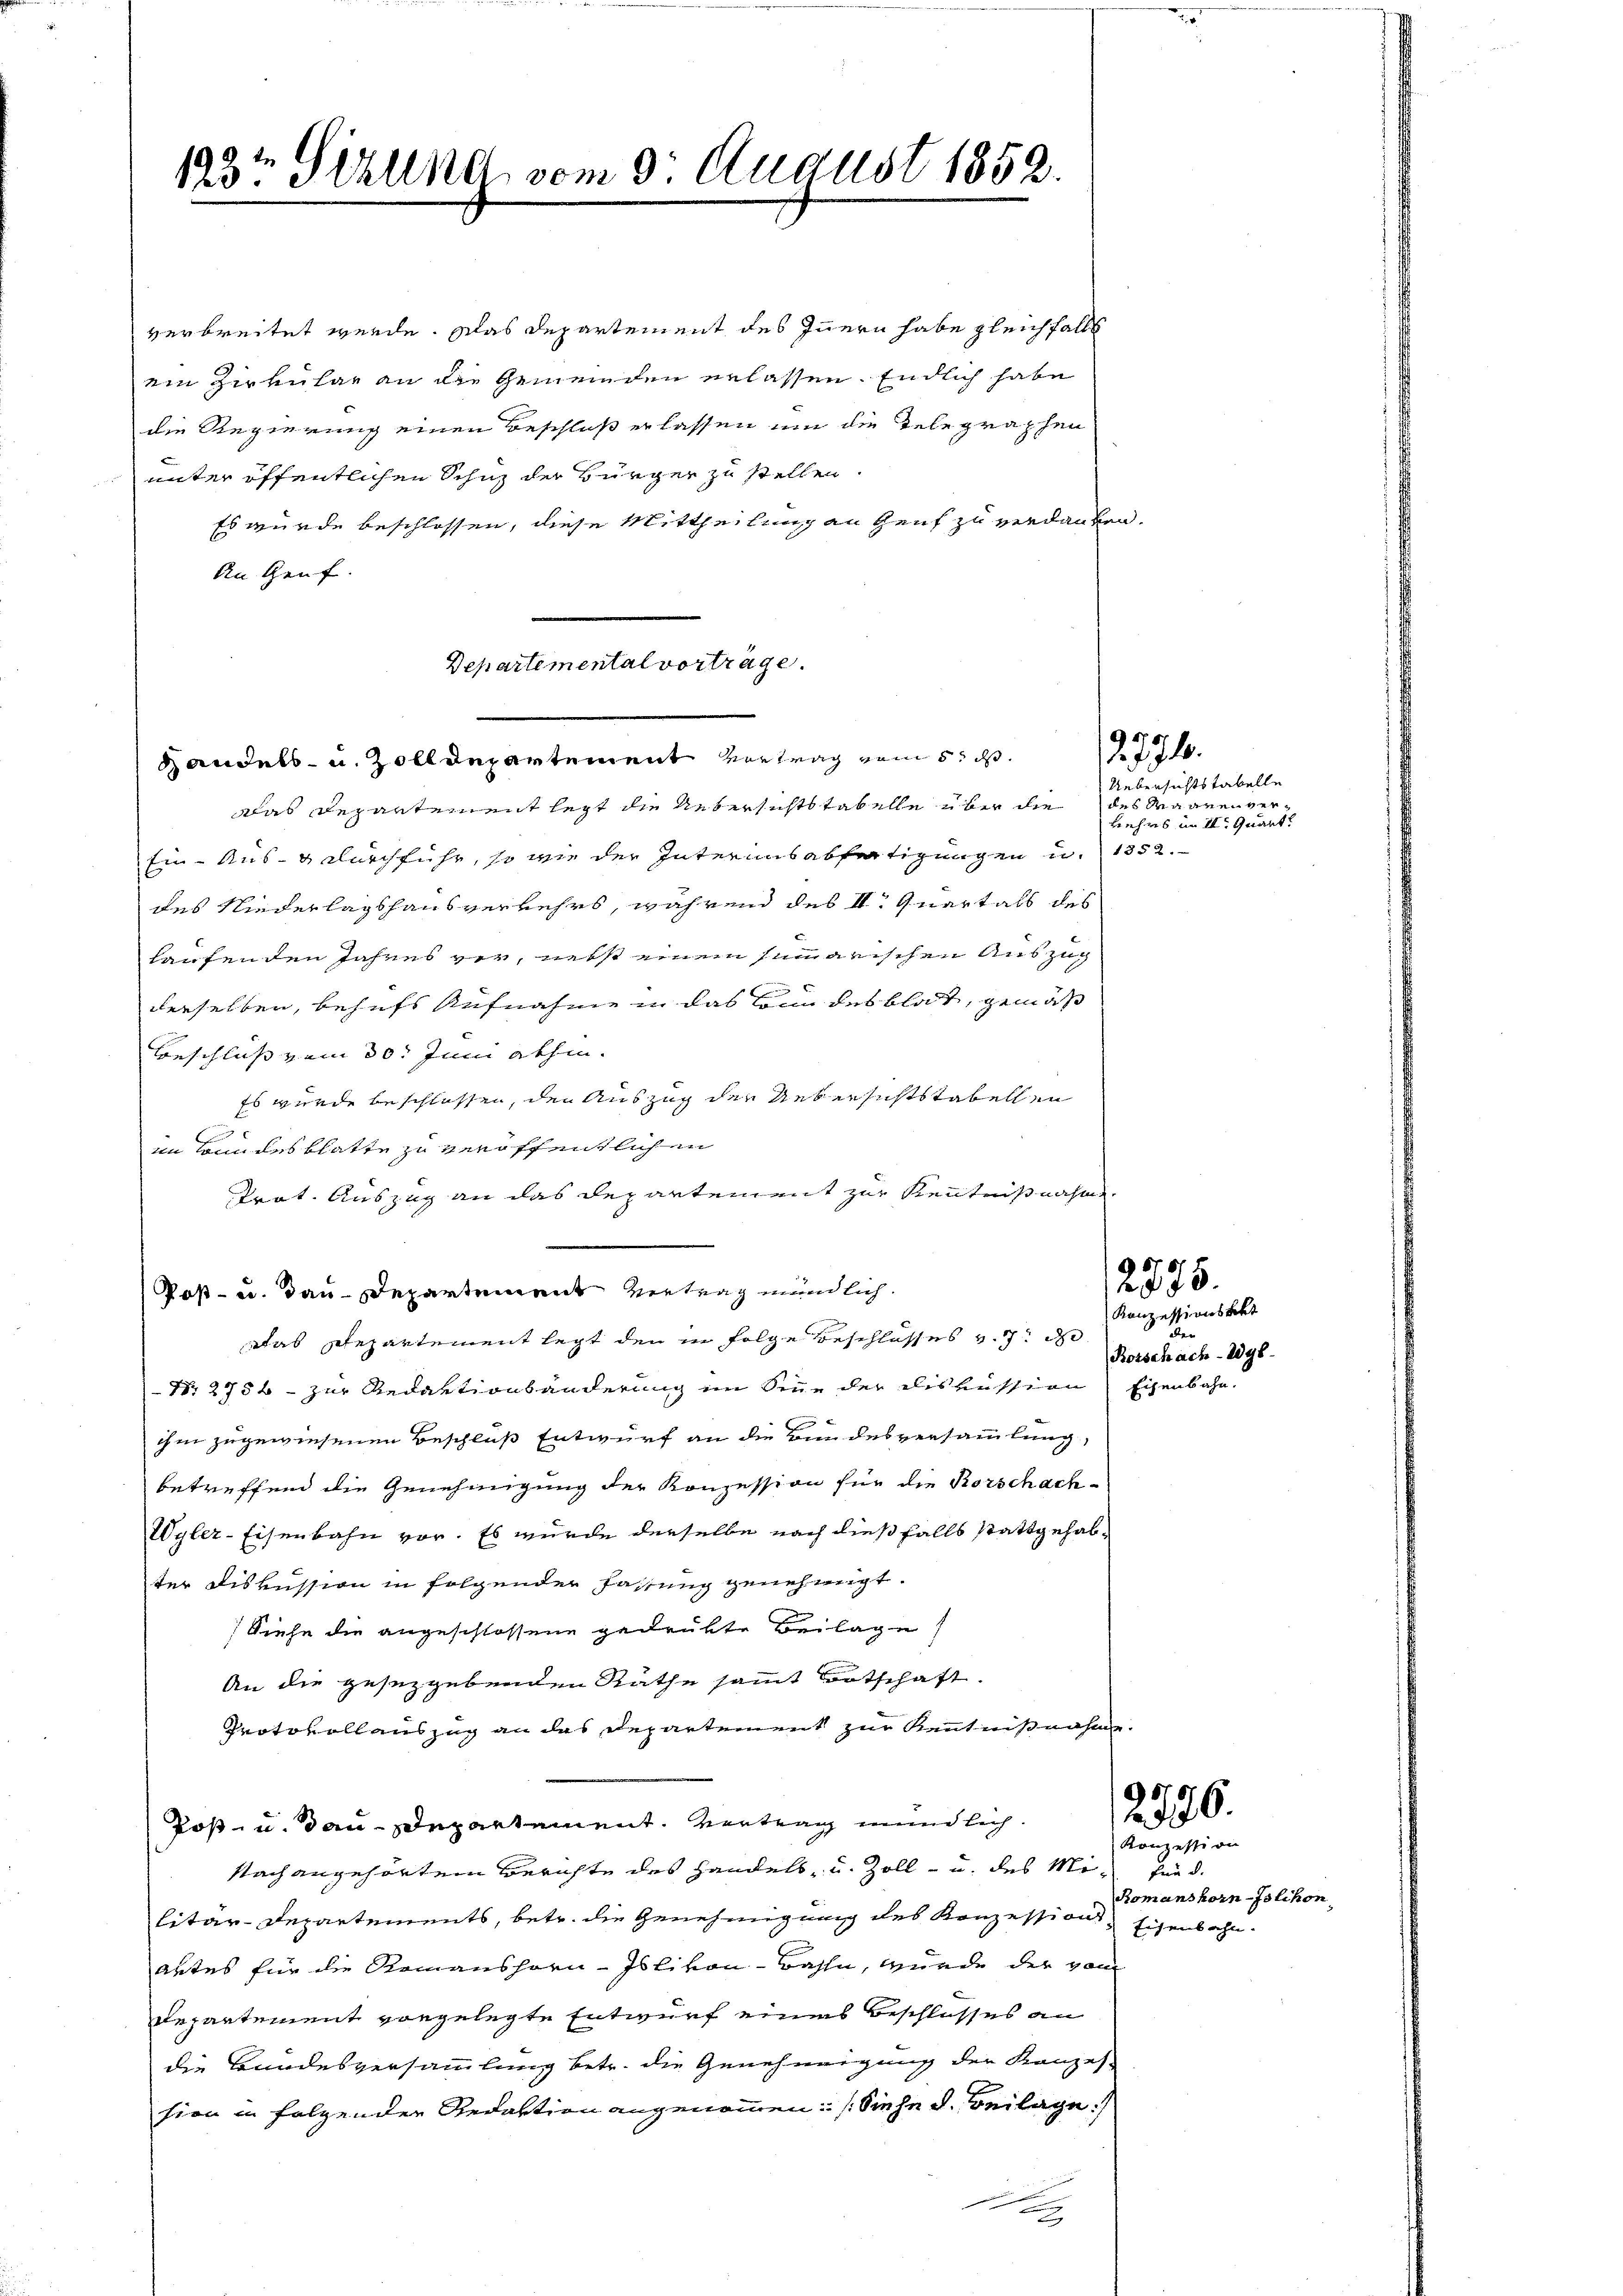
1934 Sizung vom 3. August 1852.

Handels- u. Zolldepartement vortrag vom 5. ds.

verbreitet werde. Das Departement des Innern habe gleichfalls
ein Zirkular an die Gemeinden erlassen. Endlich habe
die Regierung einen Beschluß erlassen um die Telegraphen
unter öffentlichen Schuz der Bürger zu stellen.
Es wurde beschlossen, diese Mittheilung an Genf zu verdanken.
An Genf.
Departemental vorträge.

das Departement legt die Uebersichts tabelle über die des Maanenver¬
Ein- Aus- & durchfuhr, so wie der Interimsabfertigungen u. 1352.
des Niederlagshausverkehrs, während des II. Quartals des
haufenden Jahres vor, necht einem summarischen Auszug
derselben, behufs Aufnahme in das Bonn des blat, gemäß
Beschluß vom 30. Juni abhin.
Es wurde beschlossen, den Auszug der Uebersichtstabellen
n
im Bundesblatte zu veröffentlichen
strat. Auszug an das Departement zur Kenntnißnahm
Post- u. dau-Departement Vertrag mündlich.
Das Departement legt den in Folge Beschlosses v. 7. d
Nr. 2756 - zur Redaktionsänderung im Sinne der Diskussion Eisenbahn.
ihm zugewiesenen Beschluß Entwurf an die Bundesversammlung,
betreffend die Genehmigung der Konzession für die Rorschach-
Wyler-Eisenbahn vor. Es wurde derselbe nach dießfalls stattgehabter Diskussion in folgender Fassung genehmigt.
Siehe die angeschlossene gedrükte Beilage
An die gesezgebenden Räthe sammt Botschaft.
Protokollauszug an das Departement zur Kenntnißnahm
Post- u. dan Departement. Vertrag mundlich.
stach angehörtem Berichte des Handels- u. Zoll- u. des Mi¬ Fund.
litär-Departements, betr. die Genehmigung des Konzessions-
autes für die Romanshorn-Islivon-Basle, wurde der vom
Repartement vorgelegte Entwurf eines Beschlosses an
die Bundesversammlung betr. die Genehmigung der Kanzes
sion in folgenden Redaktion angenommen: Siehe d. Beilage:

2.771.

Uebersichtstabelle
Lehrs im II. Quart

Konzessionskott
über
Borschach-Wyl-

2875.

2776.

Konzession
Romanshorn-Islikon
Eisenbahn